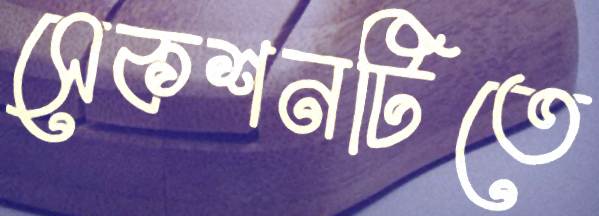
সেকশনটিতে